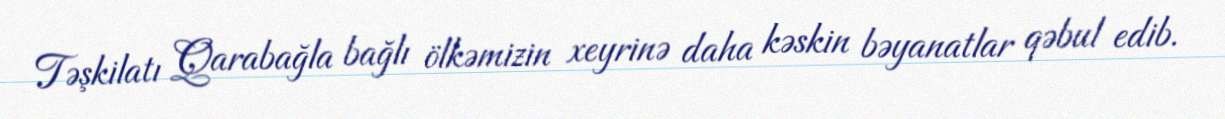
Təşkilatı Qarabağla bağlı ölkəmizin xeyrinə daha kəskin bəyanatlar qəbul edib.